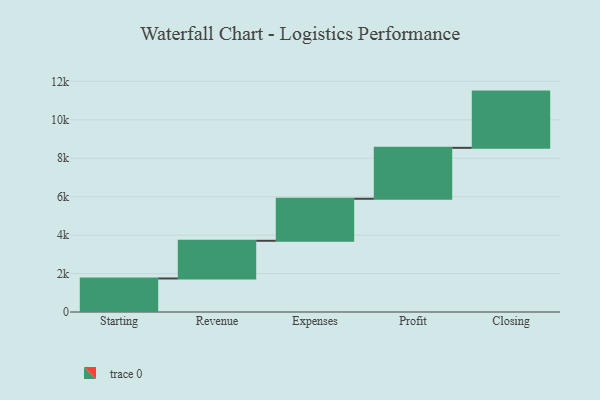
{"axis": {"x": "Step", "y": "Value"}, "legend": [""], "data": [{"x": "Starting", "y": 1745.0, "type": ""}, {"x": "Revenue", "y": 1961.0, "type": ""}, {"x": "Expenses", "y": 2186.0, "type": ""}, {"x": "Profit", "y": 2651.0, "type": ""}, {"x": "Closing", "y": 2926.0, "type": ""}]}